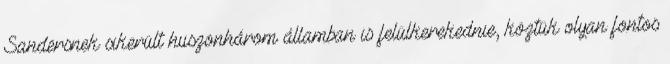
Sandersnek sikerült huszonhárom államban is felülkerekednie, köztük olyan fontos